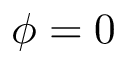
\phi = 0